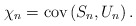
\begin{align*}\chi _{n}=\mbox{\rm cov}\left( S_{n},U_{n}\right) . \end{align*}